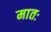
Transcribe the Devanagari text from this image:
मातः